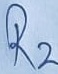
Text: R2